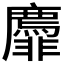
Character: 𬰟